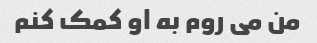
من می روم به او کمک کنم